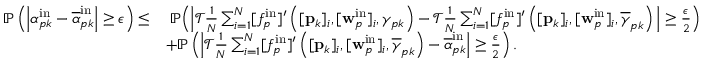
\begin{array} { r l } { \mathbb { P } \left( \left| \alpha _ { p k } ^ { \mathrm { i n } } - \overline { { \alpha } } _ { p k } ^ { \mathrm { i n } } \right| \geq \epsilon \right) \leq } & { \; \mathbb { P } \Big ( \Big | \mathcal { T } \frac { 1 } { N } \sum _ { i = 1 } ^ { N } [ f _ { p } ^ { \mathrm { i n } } ] ^ { \prime } \left( [ \mathbf { p } _ { k } ] _ { i } , [ \mathbf { w } _ { p } ^ { \mathrm { i n } } ] _ { i } , \gamma _ { p k } \right) - \mathcal { T } \frac { 1 } { N } \sum _ { i = 1 } ^ { N } [ f _ { p } ^ { \mathrm { i n } } ] ^ { \prime } \left( [ \mathbf { p } _ { k } ] _ { i } , [ \mathbf { w } _ { p } ^ { \mathrm { i n } } ] _ { i } , \overline { { \gamma } } _ { p k } \right) \Big | \geq \frac { \epsilon } { 2 } \Big ) } \\ & { + \mathbb { P } \left( \left| \mathcal { T } \frac { 1 } { N } \sum _ { i = 1 } ^ { N } [ f _ { p } ^ { \mathrm { i n } } ] ^ { \prime } \left( [ \mathbf { p } _ { k } ] _ { i } , [ \mathbf { w } _ { p } ^ { \mathrm { i n } } ] _ { i } , \overline { { \gamma } } _ { p k } \right) - \overline { { \alpha } } _ { p k } ^ { \mathrm { i n } } \right| \geq \frac { \epsilon } { 2 } \right) . } \end{array}